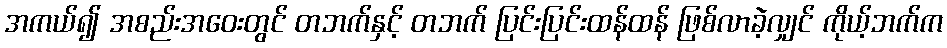
အကယ်၍ အစည်းအဝေးတွင် တဘက်နှင့် တဘက် ပြင်းပြင်းထန်ထန် ဖြစ်လာခဲ့လျှင် ကိုယ့်ဘက်က